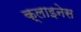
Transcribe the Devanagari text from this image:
क्लाइनेस